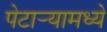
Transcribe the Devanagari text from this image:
पेटार्‍यामध्ये